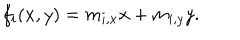
LaTeX: f _ { i } ( x , y ) = m _ { i , x } x + m _ { i , y } y .